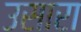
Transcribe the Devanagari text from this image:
उसारा